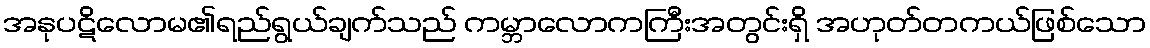
အနုပဋိလောမ၏ရည်ရွယ်ချက်သည် ကမ္ဘာလောကကြီးအတွင်းရှိ အဟုတ်တကယ်ဖြစ်သော